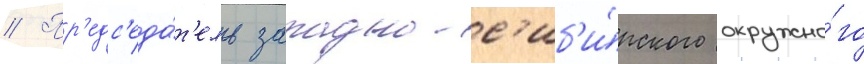
// Пр'едс'еда́т'ель западно-с'иб'и́рского окружно́го